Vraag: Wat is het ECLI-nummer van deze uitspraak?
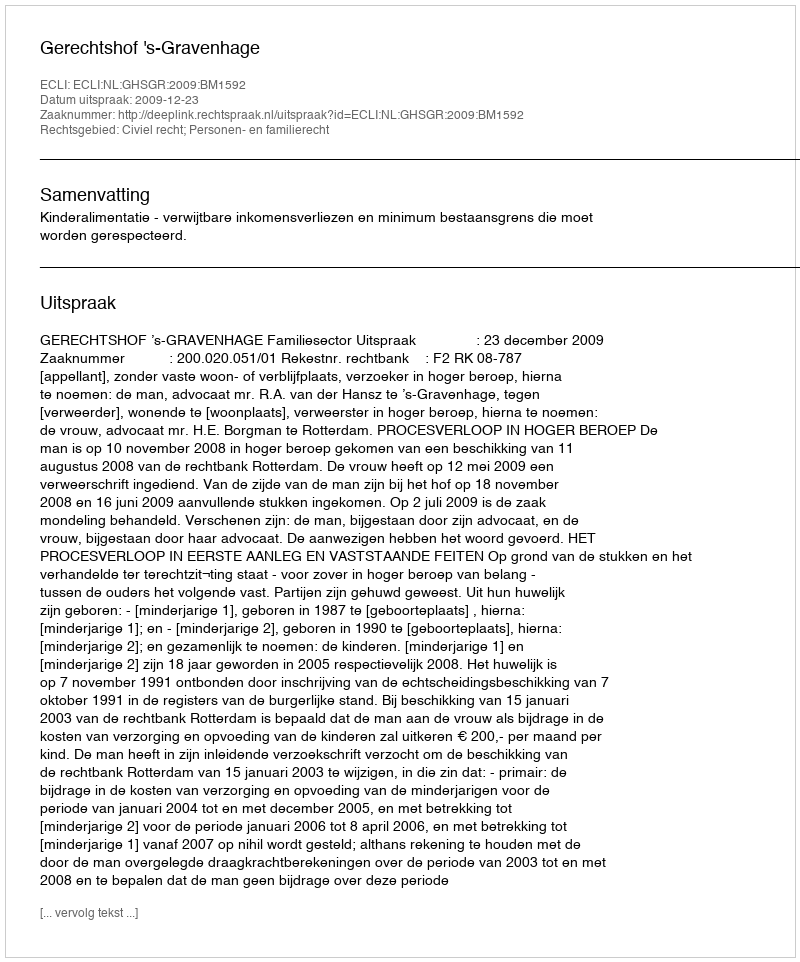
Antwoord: ECLI:NL:GHSGR:2009:BM1592